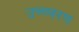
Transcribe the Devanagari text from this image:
उच्च्चरण